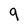
Character: 9